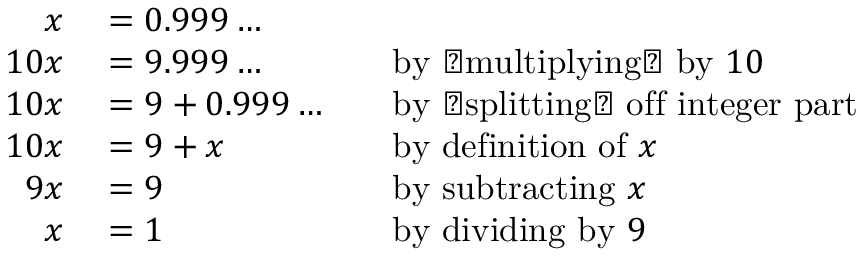
\begin{array} { r l r l } { x } & { { } = 0 . 9 9 9 \ldots } \\ { 1 0 x } & { { } = 9 . 9 9 9 \ldots } & { } & { { } { \mathrm { b y ~ � m u l t i p l y i n g � ~ b y ~ } } 1 0 } \\ { 1 0 x } & { { } = 9 + 0 . 9 9 9 \ldots } & { } & { { } { \mathrm { b y ~ � s p l i t t i n g � ~ o f f ~ i n t e g e r ~ p a r t } } } \\ { 1 0 x } & { { } = 9 + x } & { } & { { } { \mathrm { b y ~ d e f i n i t i o n ~ o f ~ } } x } \\ { 9 x } & { { } = 9 } & { } & { { } { \mathrm { b y ~ s u b t r a c t i n g ~ } } x } \\ { x } & { { } = 1 } & { } & { { } { \mathrm { b y ~ d i v i d i n g ~ b y ~ } } 9 } \end{array}